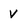
Character: V